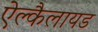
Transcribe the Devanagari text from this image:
ऐल्कैलायड